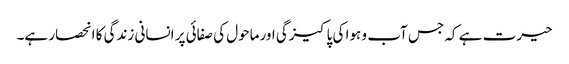
حیرت ہے کہ جس آب و ہوا کی پاکیزگی اورماحول کی صفائی پر انسانی زندگی کا انحصار ہے۔